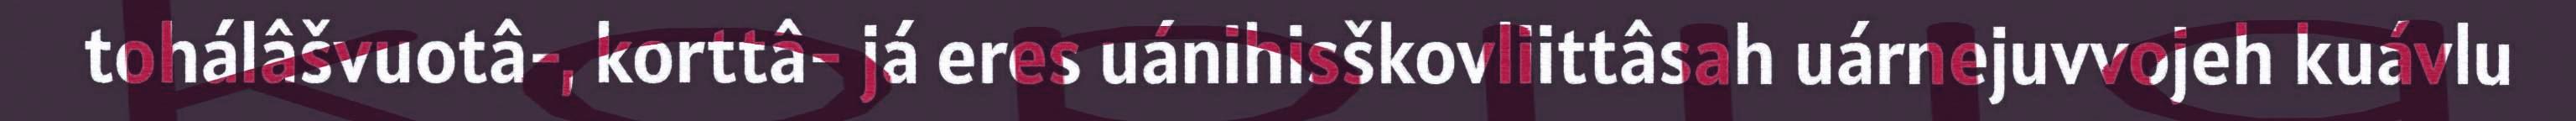
tohálâšvuotâ-, korttâ- já eres uánihisškovliittâsah uárnejuvvojeh kuávlu